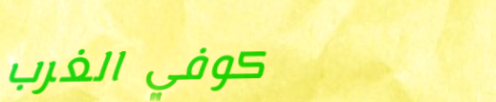
كوفي الغرب